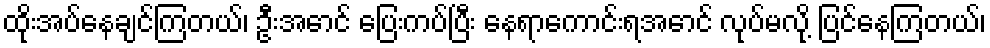
ထိုးအပ်နေချင်ကြတယ်၊ ဦးအောင် ပြေးကပ်ပြီး နေရာကောင်းရအောင် လုပ်မလို့ ပြင်နေကြတယ်၊